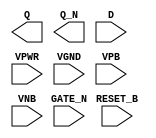
module sky130_fd_sc_ls__dlrbn (
    Q      ,
    Q_N    ,
    RESET_B,
    D      ,
    GATE_N ,
    VPWR   ,
    VGND   ,
    VPB    ,
    VNB
);

    output Q      ;
    output Q_N    ;
    input  RESET_B;
    input  D      ;
    input  GATE_N ;
    input  VPWR   ;
    input  VGND   ;
    input  VPB    ;
    input  VNB    ;
endmodule